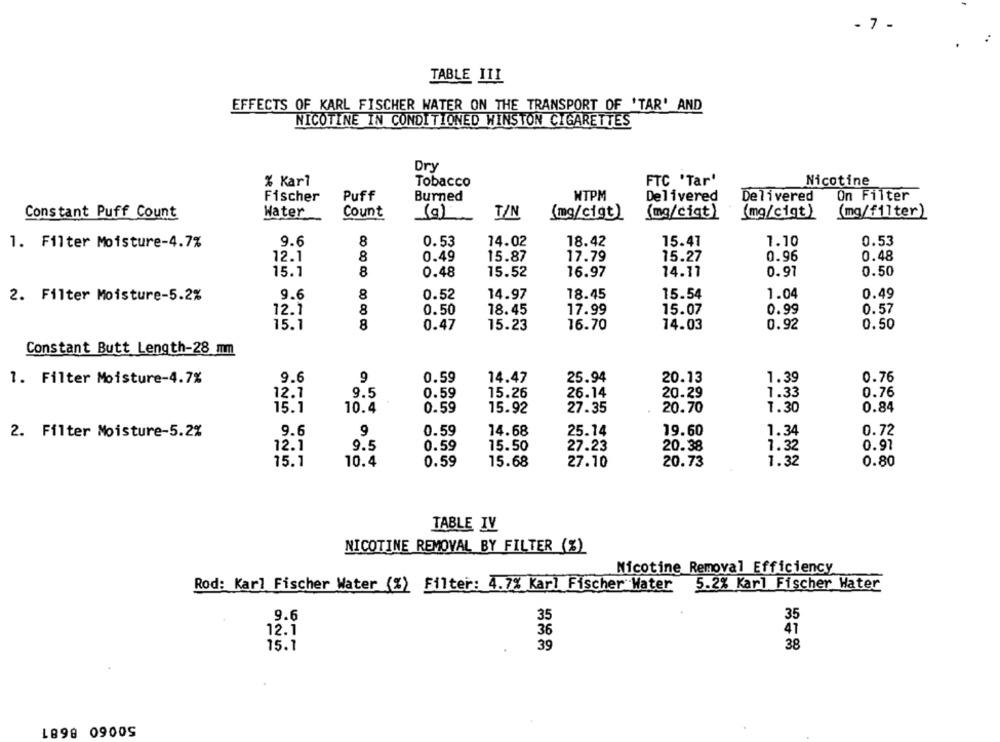
- 7 -
TABLE III
EFFECTS OF KARL FISCHER WATER ON THE TRANSPORT OF 'TAR' AND
NICOTINE IN CONDITIONED WINSTON CIGARETTES
Dry
% Karl
Tobacco
FTC 'Tar'
Nicotine
Fischer
Puff
Burned
HTPM
Delivered
Delivered
On Filter
Constant Puff Count
Water
Count
(g)
T/N
(mg/cigt)
(mg/cigt)
(mg/cigt )
(mg/filter)
1. Filter Moisture-4.7%
9.6
8
0.53
14.02
18.42
15.41
1.10
0.53
12.1
8
0.49
15.87
17.79
15.27
0.96
0.48
15.1
8
0.48
15.52
16.97
14.17
0.97
0.50
2. Filter Moisture-5.2%
9.6
8
0.52
14.97
18.45
15.54
1.04
0.49
12.1
8
0.50
18.45
17.99
15.07
0.99
0.57
15.1
8
0.47
15.23
16.70
14.03
0.92
0.50
Constant Butt Length-28 mm
9.6
9
0.59
14.47
25.94
20.13
1.39
0.76
1. Filter Moisture-4.7%
9.5
0.59
15.26
26.14
20.29
1.33
0.76
12.7
15.1
0.59
15.92
27.35
20.70
1.30
0.84
10.4
9.6
9
14.68
25.14
19.60
1.34
0.72
2. Filter Moisture-5.2%
0.59
12.1
9.5
27.23
1.32
0.97
0.59
15.50
20.38
15.1
0.80
10.4
0.59
15.68
27.10
20.73
1.32
TABLE IV
NICOTINE REMOVAL BY FILTER (%)
Nicotine Removal Efficiency
Rod: Karl Fischer Water (%) Filter: 4.7% Karl Fischer Water 5.2% Karl Fischer Water
9.6
35
35
36
41
12.1
15.1
39
38
1898 09005